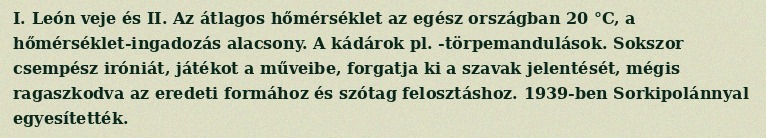
I. León veje és II. Az átlagos hőmérséklet az egész országban 20 °C, a hőmérséklet-ingadozás alacsony. A kádárok pl. -törpemandulások. Sokszor csempész iróniát, játékot a műveibe, forgatja ki a szavak jelentését, mégis ragaszkodva az eredeti formához és szótag felosztáshoz. 1939-ben Sorkipolánnyal egyesítették.